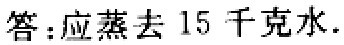
答：应蒸去 15 千克水.